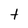
Character: t